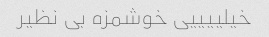
خیلییییی خوشمزه بی نظیر